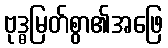
ဗုဒ္ဓမြတ်စွာ၏အဖြေ